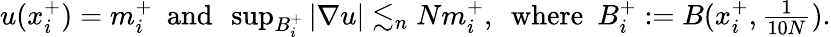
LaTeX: \begin{array}{r}{u(x_{i}^{+})=m_{i}^{+}\mathrm{~}\mathrm{~and~}\mathrm{~}\operatorname*{sup}_{B_{i}^{+}}|\nabla u|\lesssim_{n}{N}m_{i}^{+},\mathrm{~}\mathrm{~where~}\mathrm{~}B_{i}^{+}:=B(x_{i}^{+},\frac{1}{10N}).}\end{array}